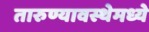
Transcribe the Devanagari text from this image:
तारुण्यावस्थेमध्ये